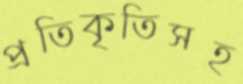
প্রতিকৃতিসহ